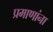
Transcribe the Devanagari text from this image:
प्रमाणांना